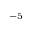
^ { - 5 }